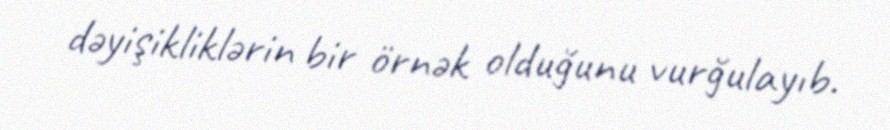
dəyişikliklərin bir örnək olduğunu vurğulayıb.